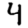
Digit: 4